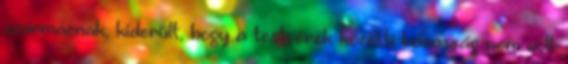
származnak, kiderült, hogy a testvérek közötti házasság nem volt